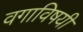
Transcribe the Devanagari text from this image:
वगाविषयी